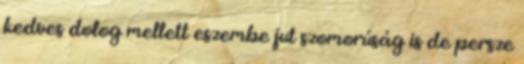
kedves dolog mellett eszembe jut szomorúság is de persze